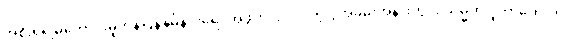
အစိုးရရဲ့မကောင်းမှုတန်ပြန်နှိမ်နင်းရေး အဖွဲ့ကပြုလုပ်တဲ့ ပွဲအခမ်းအနားတွင်း သမ္မတ ဒူတာတေးက